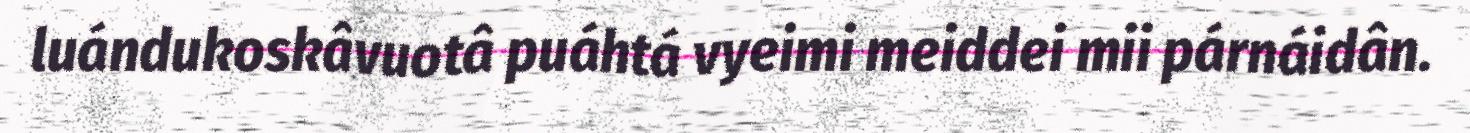
luándukoskâvuotâ puáhtá vyeimi meiddei mii párnáidân.